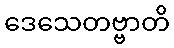
ဒေသေတဗ္ဗာတိ